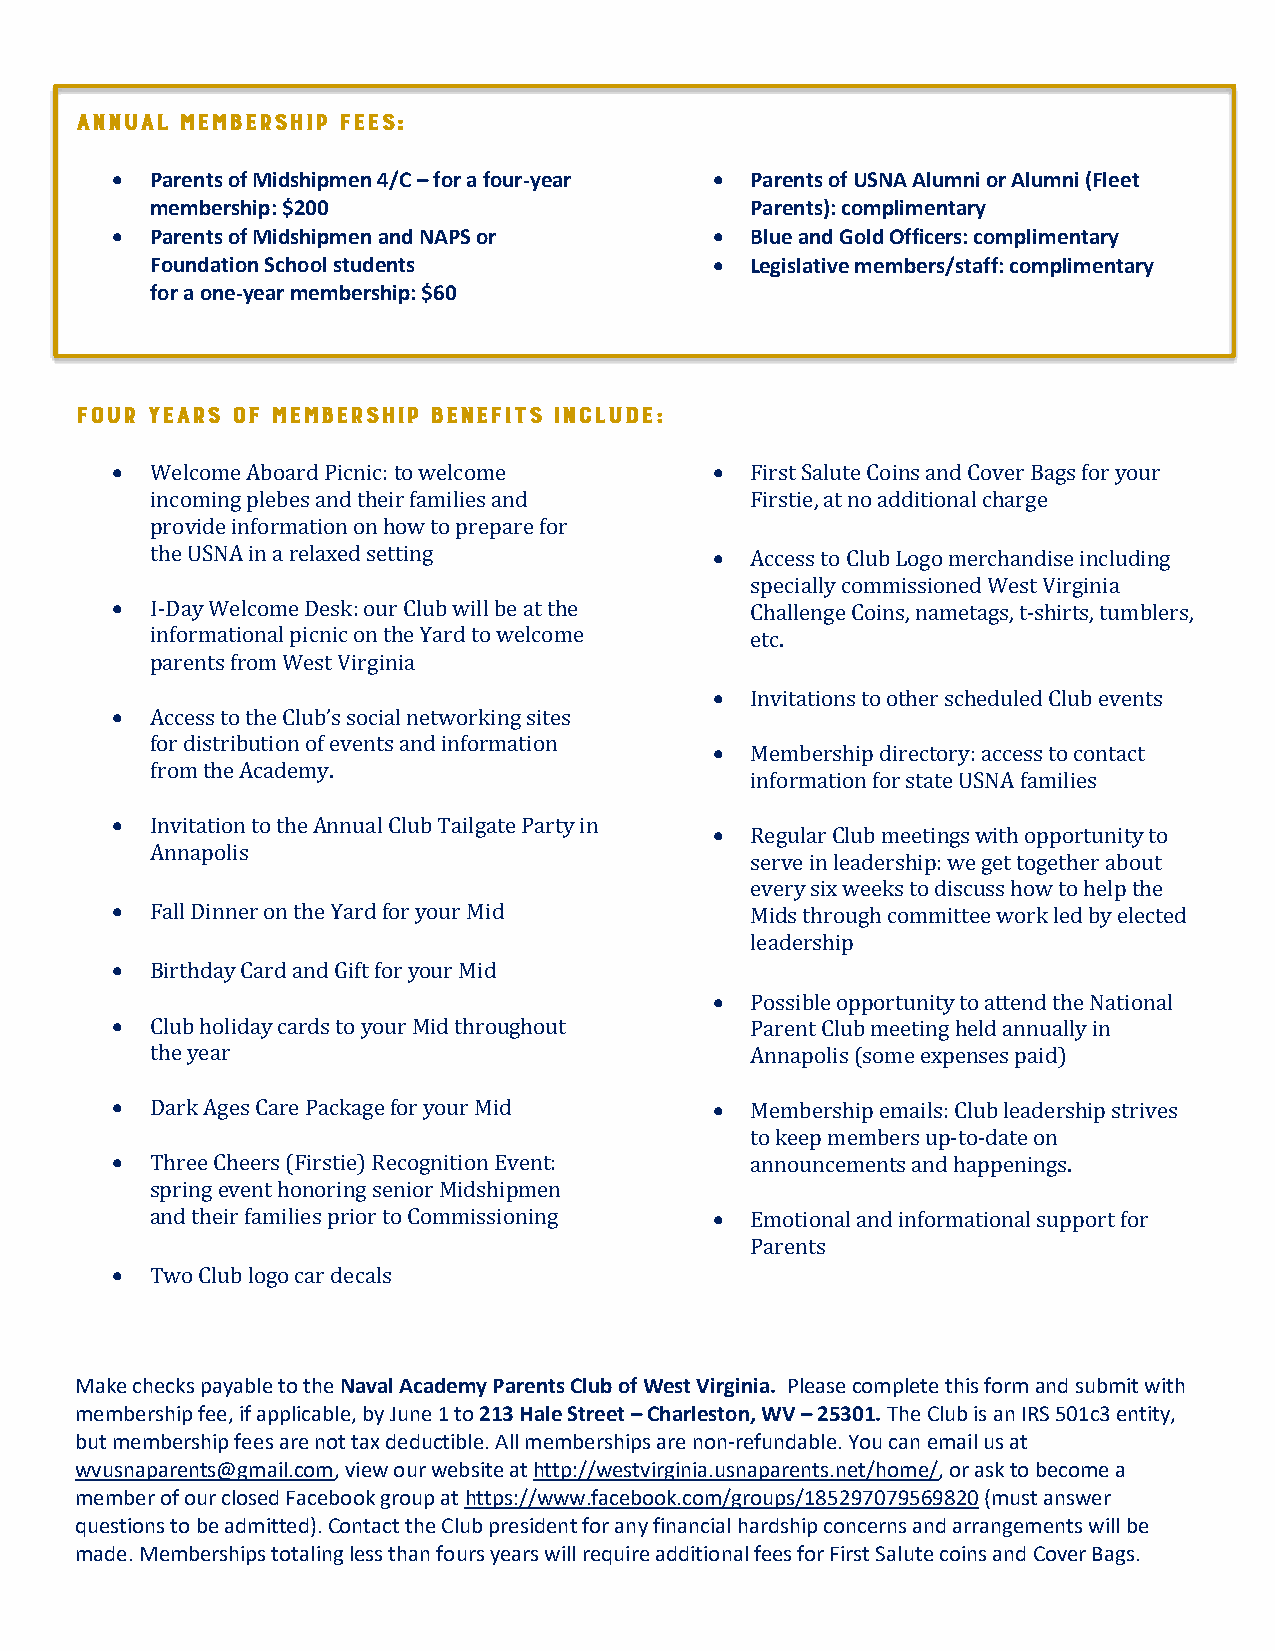
•  Parents of Midshipmen 4/C – for a four-year • Parents of USNA Alumni or Alumni (Fleet
 membership: $200                        Parents): complimentary
 •  Parents of Midshipmen and NAPS or    •  Blue and Gold Officers: complimentary
 Foundation School students           •  Legislative members/staff: complimentary
 for a one-year membership: $60
 •  Welcome Aboard Picnic: to welcome    •  First Salute Coins and Cover Bags for your
 incoming plebes and their families and  Firstie, at no additional charge
 provide information on how to prepare for
 the USNA in a relaxed setting        •  Access to Club Logo merchandise including
 specially commissioned West Virginia
 •  I-Day Welcome Desk: our Club will be at the Challenge Coins, nametags, t-shirts, tumblers,
 informational picnic on the Yard to welcome etc.
 parents from West Virginia
 •  Invitations to other scheduled Club events
 •  Access to the Club’s social networking sites
 for distribution of events and information
 •  Membership directory: access to contact
 from the Academy.
 information for state USNA families
 •  Invitation to the Annual Club Tailgate Party in
 •  Regular Club meetings with opportunity to
 Annapolis
 serve in leadership: we get together about
 every six weeks to discuss how to help the
 •  Fall Dinner on the Yard for your Mid    Mids through committee work led by elected
 leadership
 •  Birthday Card and Gift for your Mid
 •  Possible opportunity to attend the National
 •  Club holiday cards to your Mid throughout Parent Club meeting held annually in
 the year                                Annapolis (some expenses paid)
 •  Dark Ages Care Package for your Mid  •  Membership emails: Club leadership strives
 to keep members up-to-date on
 •  Three Cheers (Firstie) Recognition Event: announcements and happenings.
 spring event honoring senior Midshipmen
 and their families prior to Commissioning • Emotional and informational support for
 Parents
 •  Two Club logo car decals
 Make checks payable to the Naval Academy Parents Club of West Virginia. Please complete this form and submit with
 membership fee, if applicable, by June 1 to 213 Hale Street – Charleston, WV – 25301. The Club is an IRS 501c3 entity,
 but membership fees are not tax deductible. All memberships are non-refundable. You can email us at
 wvusnaparents@gmail.com, view our website at http://westvirginia.usnaparents.net/home/, or ask to become a
 member of our closed Facebook group at https://www.facebook.com/groups/185297079569820 (must answer
 questions to be admitted). Contact the Club president for any financial hardship concerns and arrangements will be
 made. Memberships totaling less than fours years will require additional fees for First Salute coins and Cover Bags.